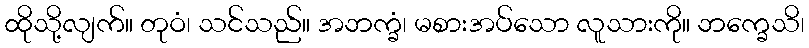
ထိုသို့လျက်။ တုဝံ၊ သင်သည်။ အဘက္ခံ၊ မစားအပ်သော လူသားကို။ ဘက္ခေသိ၊